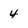
Character: 4